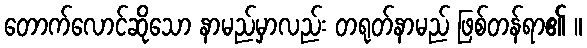
တောက်လောင်ဆိုသော နာမည်မှာလည်း တရုတ်နာမည် ဖြစ်တန်ရာ၏ ။